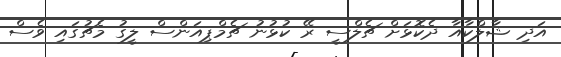
އަދި ޝާލްކާއާ ދެކޮޅަށް ޗެލްސީ ރޭ ކުޅުނު ޗެމްޕިއަންސް ލީގު މެޗުގައި ވެސް